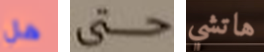
هل حتى هاتشي